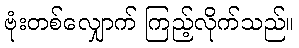
ဗုံးတစ်လျှောက် ကြည့်လိုက်သည်။